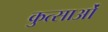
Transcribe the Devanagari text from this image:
कुत्साओं